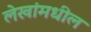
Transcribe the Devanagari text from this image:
लेखांमधील